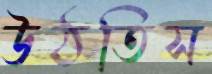
উঠতিস